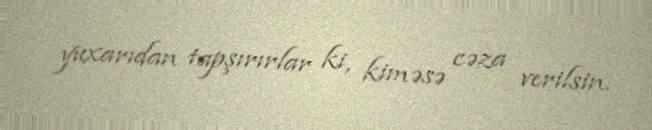
yuxarıdan tapşırırlar ki, kiməsə cəza verilsin.